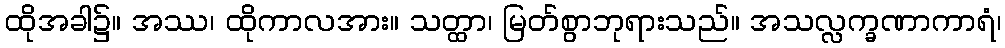
ထိုအခါ၌။ အဿ၊ ထိုကာလအား။ သတ္ထာ၊ မြတ်စွာဘုရားသည်။ အသလ္လက္ခဏာကာရံ၊